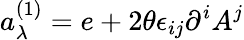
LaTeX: a_{\lambda}^{(1)}=e+2\theta\epsilon_{ij}\partial^{i}A^{j}